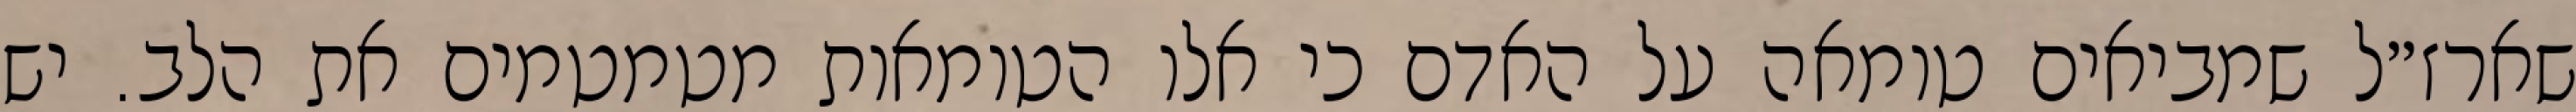
שארז״ל שמביאים טומאה על האדם כי אלו הטומאות מטמטמים את הלב. יש